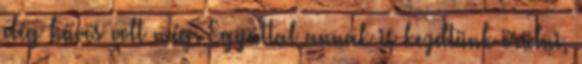
elég hűvös volt még. Egyúttal annak is kezdtünk örülni,